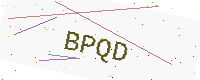
Text: BPQD